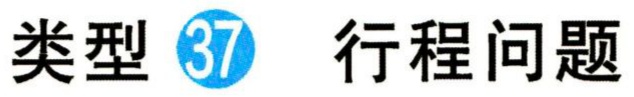
类型 \textcircled{37} 行程问题